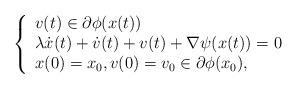
LaTeX: \begin{align*}\left\{\begin{array}{ll}v(t)\in\partial \phi(x(t))\\\lambda\dot x(t)+\dot v(t)+v(t)+\nabla \psi(x(t))=0\\x(0)=x_0, v(0)=v_0\in\partial\phi(x_0),\end{array}\right.\end{align*}